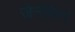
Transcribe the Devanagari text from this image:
जेनोफेन